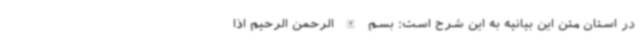
در استان متن این بیانیه به این شرح است: بسم الله الرحمن الرحیم اذا